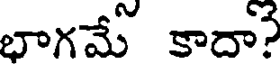
భాగమే కాదా?